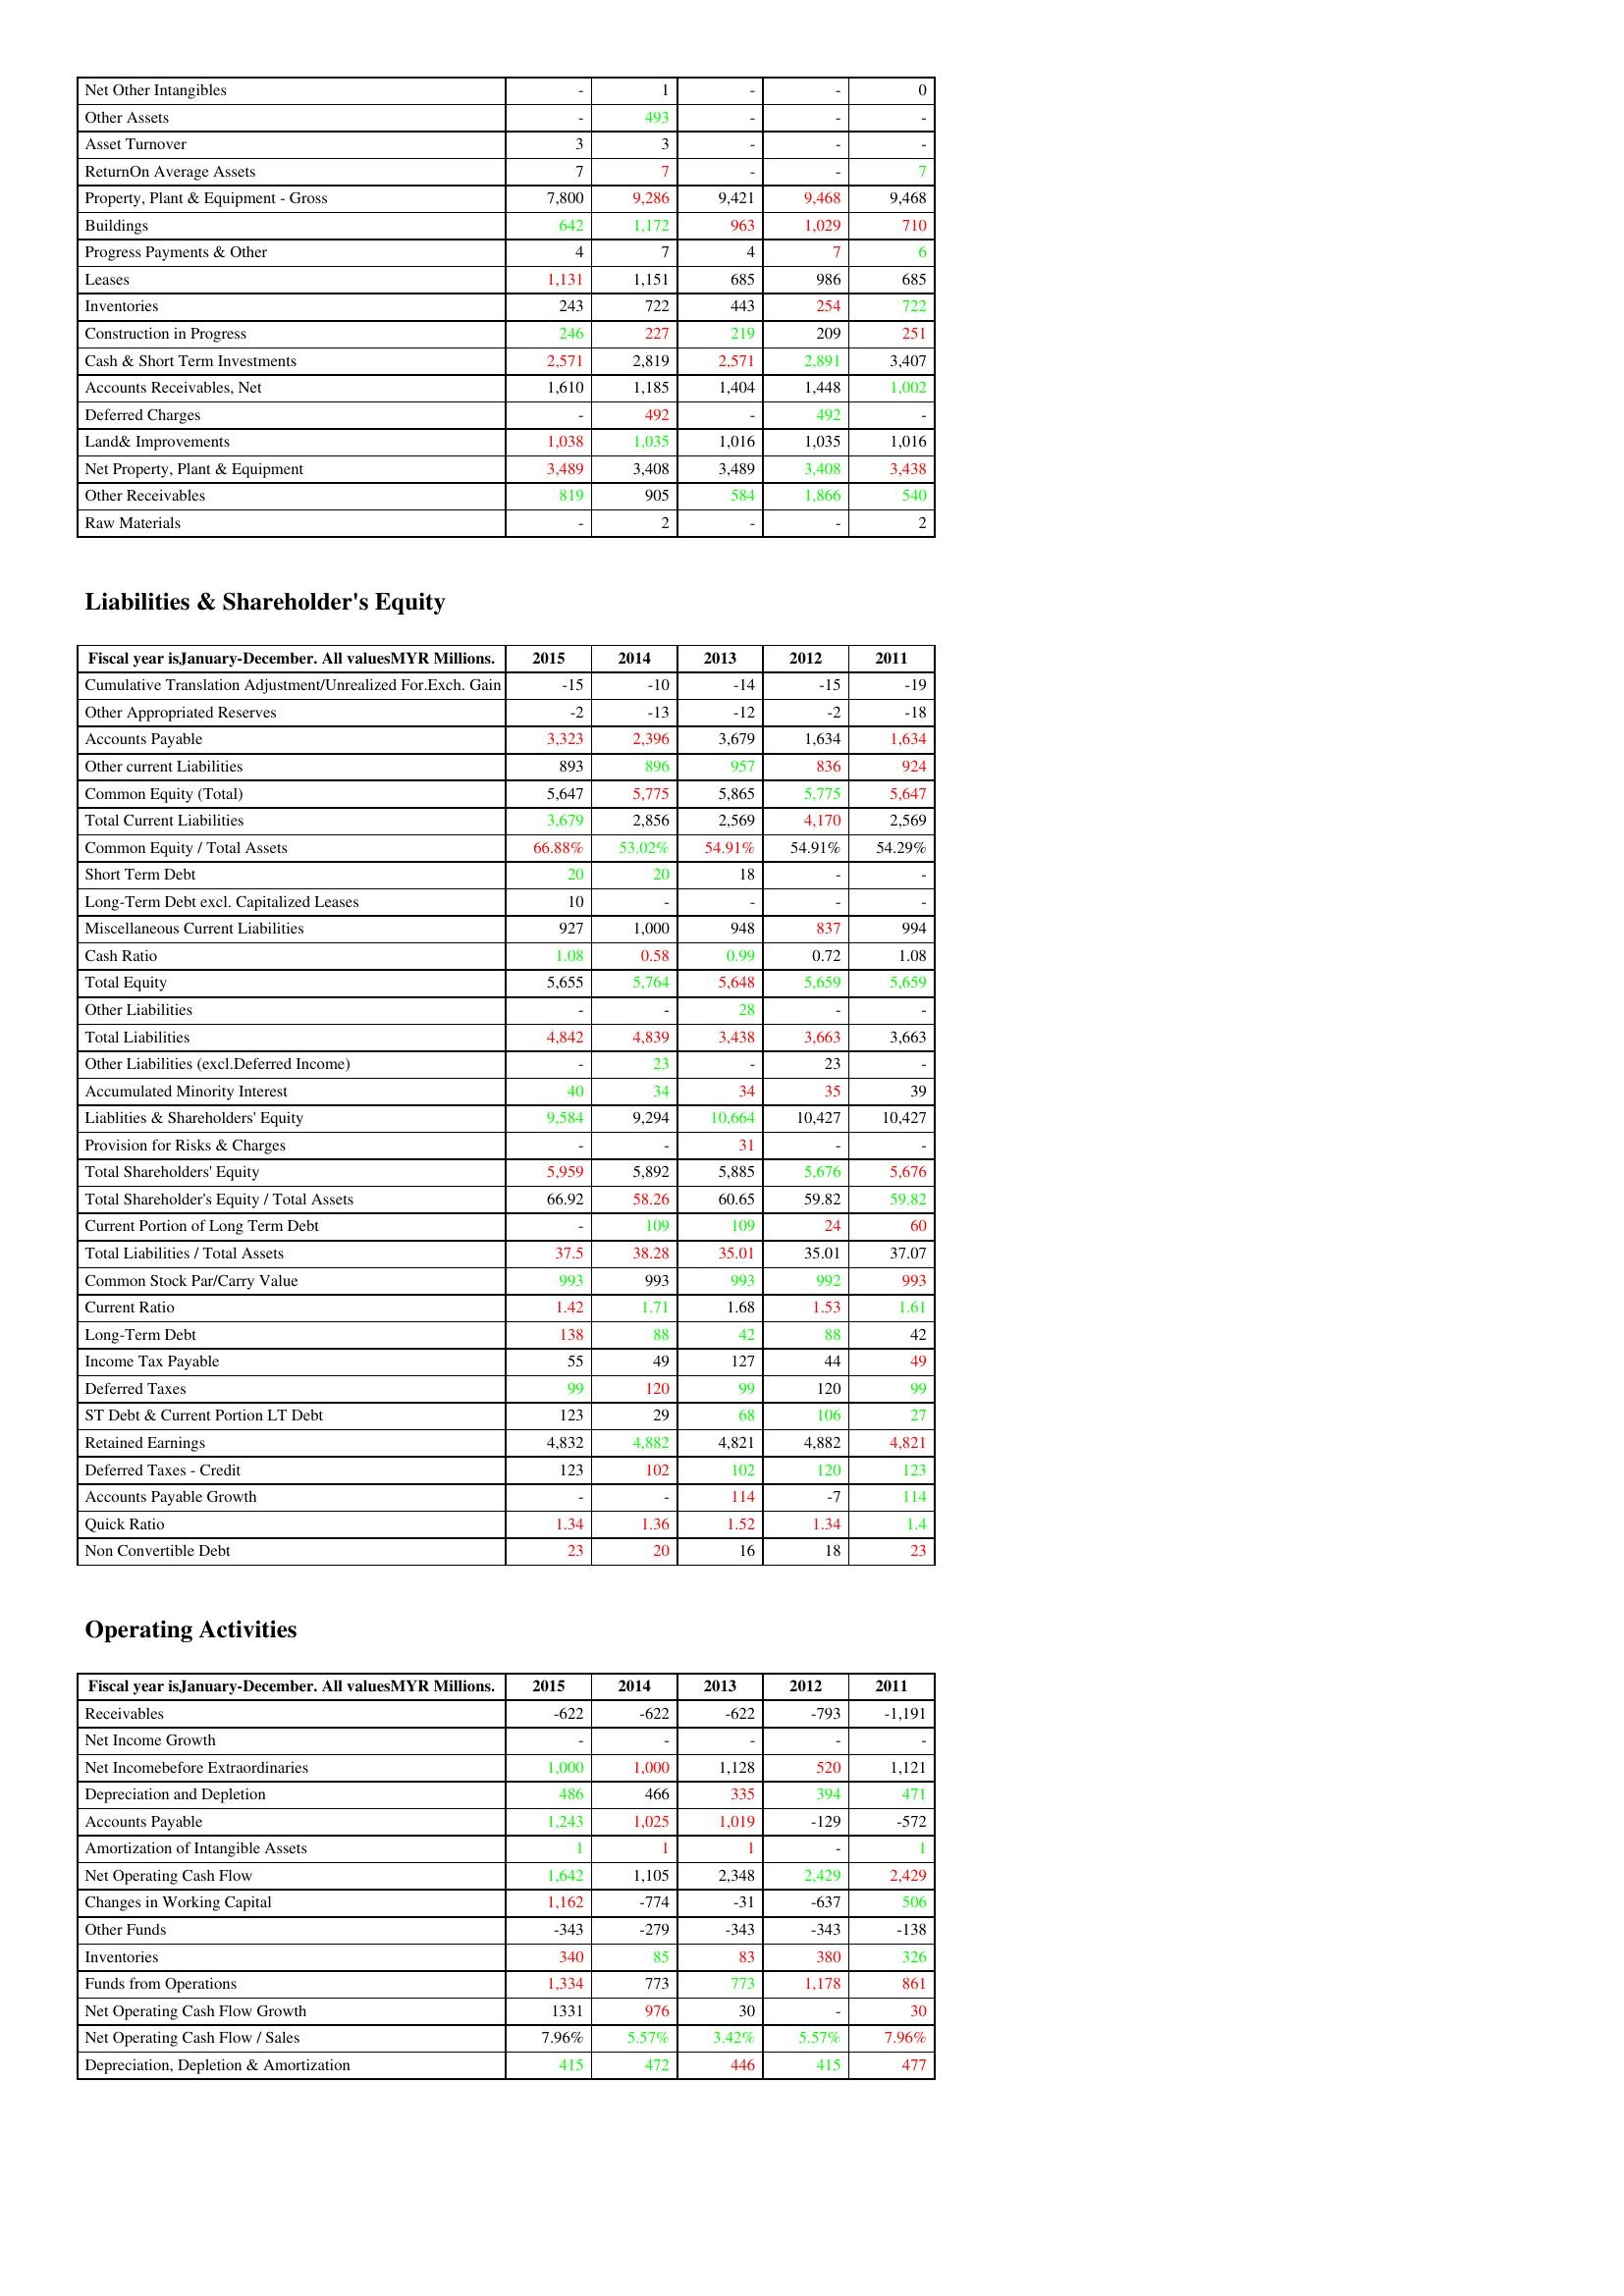
gt_parse: 2015: Assets: Net Other Intangibles: -
Other Assets: -
Asset Turnover: 3
ReturnOn Average Assets: 7
Property, Plant & Equipment - Gross : 7,800
Buildings: 642
Progress Payments & Other: 4
Leases: 1,131
Inventories: 243
Construction in Progress: 246
Cash & Short Term Investments: 2,571
Accounts Receivables, Net: 1,610
Deferred Charges: -
Land& Improvements: 1,038
Net Property, Plant & Equipment: 3,489
Other Receivables: 819
Raw Materials: -
Liabilities & Shareholder's Equity: Cumulative Translation Adjustment/Unrealized For.Exch. Gain: -15
Other Appropriated Reserves: -2
Accounts Payable: 3,323
Other current Liabilities: 893
Common Equity (Total): 5,647
Total Current Liabilities: 3,679
Common Equity / Total Assets: 66.88%
Short Term Debt: 20
Long-Term Debt excl. Capitalized Leases: 10
Miscellaneous Current Liabilities: 927
Cash Ratio: 1.08
Total Equity: 5,655
Other Liabilities: -
Total Liabilities: 4,842
Other Liabilities (excl.Deferred Income): -
Accumulated Minority Interest: 40
Liablities & Shareholders' Equity: 9,584
Provision for Risks & Charges: -
Total Shareholders' Equity: 5,959
Total Shareholder's Equity / Total Assets: 66.92
Current Portion of Long Term Debt: -
Total Liabilities / Total Assets: 37.5
Common Stock Par/Carry Value: 993
Current Ratio: 1.42
Long-Term Debt: 138
Income Tax Payable: 55
Deferred Taxes: 99
ST Debt & Current Portion LT Debt: 123
Retained Earnings: 4,832
Deferred Taxes - Credit: 123
Accounts Payable Growth: -
Quick Ratio: 1.34
Non Convertible Debt: 23
Operating Activities: Receivables: -622
Net Income Growth: -
Net Incomebefore Extraordinaries: 1,000
Depreciation and Depletion: 486
Accounts Payable: 1,243
Amortization of Intangible Assets: 1
Net Operating Cash Flow: 1,642
Changes in Working Capital: 1,162
Other Funds: -343
Inventories: 340
Funds from Operations: 1,334
Net Operating Cash Flow Growth: 1331
Net Operating Cash Flow / Sales: 7.96%
Depreciation, Depletion & Amortization: 415
2014: Assets: Net Other Intangibles: 1
Other Assets: 493
Asset Turnover: 3
ReturnOn Average Assets: 7
Property, Plant & Equipment - Gross : 9,286
Buildings: 1,172
Progress Payments & Other: 7
Leases: 1,151
Inventories: 722
Construction in Progress: 227
Cash & Short Term Investments: 2,819
Accounts Receivables, Net: 1,185
Deferred Charges: 492
Land& Improvements: 1,035
Net Property, Plant & Equipment: 3,408
Other Receivables: 905
Raw Materials: 2
Liabilities & Shareholder's Equity: Cumulative Translation Adjustment/Unrealized For.Exch. Gain: -10
Other Appropriated Reserves: -13
Accounts Payable: 2,396
Other current Liabilities: 896
Common Equity (Total): 5,775
Total Current Liabilities: 2,856
Common Equity / Total Assets: 53.02%
Short Term Debt: 20
Long-Term Debt excl. Capitalized Leases: -
Miscellaneous Current Liabilities: 1,000
Cash Ratio: 0.58
Total Equity: 5,764
Other Liabilities: -
Total Liabilities: 4,839
Other Liabilities (excl.Deferred Income): 23
Accumulated Minority Interest: 34
Liablities & Shareholders' Equity: 9,294
Provision for Risks & Charges: -
Total Shareholders' Equity: 5,892
Total Shareholder's Equity / Total Assets: 58.26
Current Portion of Long Term Debt: 109
Total Liabilities / Total Assets: 38.28
Common Stock Par/Carry Value: 993
Current Ratio: 1.71
Long-Term Debt: 88
Income Tax Payable: 49
Deferred Taxes: 120
ST Debt & Current Portion LT Debt: 29
Retained Earnings: 4,882
Deferred Taxes - Credit: 102
Accounts Payable Growth: -
Quick Ratio: 1.36
Non Convertible Debt: 20
Operating Activities: Receivables: -622
Net Income Growth: -
Net Incomebefore Extraordinaries: 1,000
Depreciation and Depletion: 466
Accounts Payable: 1,025
Amortization of Intangible Assets: 1
Net Operating Cash Flow: 1,105
Changes in Working Capital: -774
Other Funds: -279
Inventories: 85
Funds from Operations: 773
Net Operating Cash Flow Growth: 976
Net Operating Cash Flow / Sales: 5.57%
Depreciation, Depletion & Amortization: 472
2013: Assets: Net Other Intangibles: -
Other Assets: -
Asset Turnover: -
ReturnOn Average Assets: -
Property, Plant & Equipment - Gross : 9,421
Buildings: 963
Progress Payments & Other: 4
Leases: 685
Inventories: 443
Construction in Progress: 219
Cash & Short Term Investments: 2,571
Accounts Receivables, Net: 1,404
Deferred Charges: -
Land& Improvements: 1,016
Net Property, Plant & Equipment: 3,489
Other Receivables: 584
Raw Materials: -
Liabilities & Shareholder's Equity: Cumulative Translation Adjustment/Unrealized For.Exch. Gain: -14
Other Appropriated Reserves: -12
Accounts Payable: 3,679
Other current Liabilities: 957
Common Equity (Total): 5,865
Total Current Liabilities: 2,569
Common Equity / Total Assets: 54.91%
Short Term Debt: 18
Long-Term Debt excl. Capitalized Leases: -
Miscellaneous Current Liabilities: 948
Cash Ratio: 0.99
Total Equity: 5,648
Other Liabilities: 28
Total Liabilities: 3,438
Other Liabilities (excl.Deferred Income): -
Accumulated Minority Interest: 34
Liablities & Shareholders' Equity: 10,664
Provision for Risks & Charges: 31
Total Shareholders' Equity: 5,885
Total Shareholder's Equity / Total Assets: 60.65
Current Portion of Long Term Debt: 109
Total Liabilities / Total Assets: 35.01
Common Stock Par/Carry Value: 993
Current Ratio: 1.68
Long-Term Debt: 42
Income Tax Payable: 127
Deferred Taxes: 99
ST Debt & Current Portion LT Debt: 68
Retained Earnings: 4,821
Deferred Taxes - Credit: 102
Accounts Payable Growth: 114
Quick Ratio: 1.52
Non Convertible Debt: 16
Operating Activities: Receivables: -622
Net Income Growth: -
Net Incomebefore Extraordinaries: 1,128
Depreciation and Depletion: 335
Accounts Payable: 1,019
Amortization of Intangible Assets: 1
Net Operating Cash Flow: 2,348
Changes in Working Capital: -31
Other Funds: -343
Inventories: 83
Funds from Operations: 773
Net Operating Cash Flow Growth: 30
Net Operating Cash Flow / Sales: 3.42%
Depreciation, Depletion & Amortization: 446
2012: Assets: Net Other Intangibles: -
Other Assets: -
Asset Turnover: -
ReturnOn Average Assets: -
Property, Plant & Equipment - Gross : 9,468
Buildings: 1,029
Progress Payments & Other: 7
Leases: 986
Inventories: 254
Construction in Progress: 209
Cash & Short Term Investments: 2,891
Accounts Receivables, Net: 1,448
Deferred Charges: 492
Land& Improvements: 1,035
Net Property, Plant & Equipment: 3,408
Other Receivables: 1,866
Raw Materials: -
Liabilities & Shareholder's Equity: Cumulative Translation Adjustment/Unrealized For.Exch. Gain: -15
Other Appropriated Reserves: -2
Accounts Payable: 1,634
Other current Liabilities: 836
Common Equity (Total): 5,775
Total Current Liabilities: 4,170
Common Equity / Total Assets: 54.91%
Short Term Debt: -
Long-Term Debt excl. Capitalized Leases: -
Miscellaneous Current Liabilities: 837
Cash Ratio: 0.72
Total Equity: 5,659
Other Liabilities: -
Total Liabilities: 3,663
Other Liabilities (excl.Deferred Income): 23
Accumulated Minority Interest: 35
Liablities & Shareholders' Equity: 10,427
Provision for Risks & Charges: -
Total Shareholders' Equity: 5,676
Total Shareholder's Equity / Total Assets: 59.82
Current Portion of Long Term Debt: 24
Total Liabilities / Total Assets: 35.01
Common Stock Par/Carry Value: 992
Current Ratio: 1.53
Long-Term Debt: 88
Income Tax Payable: 44
Deferred Taxes: 120
ST Debt & Current Portion LT Debt: 106
Retained Earnings: 4,882
Deferred Taxes - Credit: 120
Accounts Payable Growth: -7
Quick Ratio: 1.34
Non Convertible Debt: 18
Operating Activities: Receivables: -793
Net Income Growth: -
Net Incomebefore Extraordinaries: 520
Depreciation and Depletion: 394
Accounts Payable: -129
Amortization of Intangible Assets: -
Net Operating Cash Flow: 2,429
Changes in Working Capital: -637
Other Funds: -343
Inventories: 380
Funds from Operations: 1,178
Net Operating Cash Flow Growth: -
Net Operating Cash Flow / Sales: 5.57%
Depreciation, Depletion & Amortization: 415
2011: Assets: Net Other Intangibles: 0
Other Assets: -
Asset Turnover: -
ReturnOn Average Assets: 7
Property, Plant & Equipment - Gross : 9,468
Buildings: 710
Progress Payments & Other: 6
Leases: 685
Inventories: 722
Construction in Progress: 251
Cash & Short Term Investments: 3,407
Accounts Receivables, Net: 1,002
Deferred Charges: -
Land& Improvements: 1,016
Net Property, Plant & Equipment: 3,438
Other Receivables: 540
Raw Materials: 2
Liabilities & Shareholder's Equity: Cumulative Translation Adjustment/Unrealized For.Exch. Gain: -19
Other Appropriated Reserves: -18
Accounts Payable: 1,634
Other current Liabilities: 924
Common Equity (Total): 5,647
Total Current Liabilities: 2,569
Common Equity / Total Assets: 54.29%
Short Term Debt: -
Long-Term Debt excl. Capitalized Leases: -
Miscellaneous Current Liabilities: 994
Cash Ratio: 1.08
Total Equity: 5,659
Other Liabilities: -
Total Liabilities: 3,663
Other Liabilities (excl.Deferred Income): -
Accumulated Minority Interest: 39
Liablities & Shareholders' Equity: 10,427
Provision for Risks & Charges: -
Total Shareholders' Equity: 5,676
Total Shareholder's Equity / Total Assets: 59.82
Current Portion of Long Term Debt: 60
Total Liabilities / Total Assets: 37.07
Common Stock Par/Carry Value: 993
Current Ratio: 1.61
Long-Term Debt: 42
Income Tax Payable: 49
Deferred Taxes: 99
ST Debt & Current Portion LT Debt: 27
Retained Earnings: 4,821
Deferred Taxes - Credit: 123
Accounts Payable Growth: 114
Quick Ratio: 1.4
Non Convertible Debt: 23
Operating Activities: Receivables: -1,191
Net Income Growth: -
Net Incomebefore Extraordinaries: 1,121
Depreciation and Depletion: 471
Accounts Payable: -572
Amortization of Intangible Assets: 1
Net Operating Cash Flow: 2,429
Changes in Working Capital: 506
Other Funds: -138
Inventories: 326
Funds from Operations: 861
Net Operating Cash Flow Growth: 30
Net Operating Cash Flow / Sales: 7.96%
Depreciation, Depletion & Amortization: 477